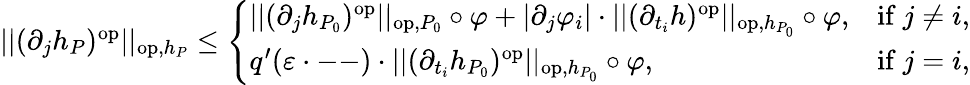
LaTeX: \begin{array}{r}{||(\partial_{j}h_{P})^{\mathrm{op}}||_{\mathrm{op},h_{P}}\leq\left\{ \begin{array}{ll}{||(\partial_{j}h_{P_{0}})^{\mathrm{op}}||_{\mathrm{op},P_{0}}\circ\varphi+|\partial_{j}\varphi_{i}|\cdot||(\partial_{t_{i}}h)^{\mathrm{op}}||_{\mathrm{op},h_{P_{0}}}\circ\varphi,}&{\mathrm{if~}j\neq i,}\\ {q^{\prime}(\varepsilon\cdot\mathrm{--})\cdot||(\partial_{t_{i}}h_{P_{0}})^{\mathrm{op}}||_{\mathrm{op},h_{P_{0}}}\circ\varphi,}&{\mathrm{if~}j=i,}\end{array}\right.}\end{array}